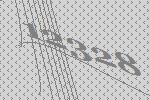
12328